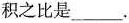
积之比是___。